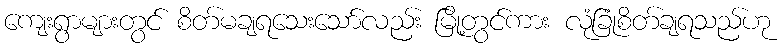
ကျေးရွာများတွင် စိတ်မချရသေးသော်လည်း မြို့တွင်ကား လုံခြုံစိတ်ချရသည်ဟု